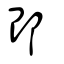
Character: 邔